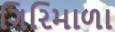
ગિરિમાળા